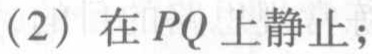
(2) 在 \(PQ\) 上静止；